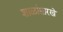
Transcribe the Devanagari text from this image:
शाळांसारखे